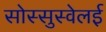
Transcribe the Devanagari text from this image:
सोस्सुस्वेलई